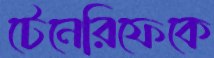
টেনেরিফেকে